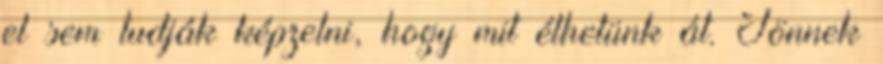
el sem tudják képzelni, hogy mit élhetünk át. Jönnek